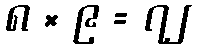
၈ × ၉ = ၇၂